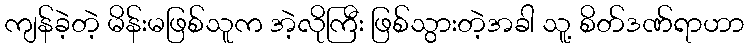
ကျန်ခဲ့တဲ့ မိန်းမဖြစ်သူက အဲ့လိုကြီး ဖြစ်သွားတဲ့အခါ သူ့ စိတ်ဒဏ်ရာဟာ